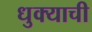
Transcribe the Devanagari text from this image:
धुक्याची